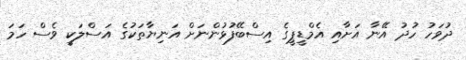
ދުވަހު ހުދު އޭނާ އަށާއި އެމްޑީޕީގެ އިސްބޭފުޅުންނަށް އަނިޔާތަކުގެ އަސްލަކީ ވެސް ހަމަ